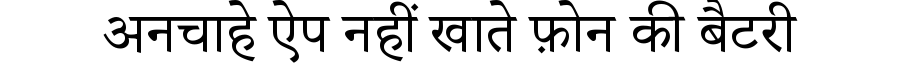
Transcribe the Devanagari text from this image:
अनचाहे ऐप नहीं खाते फ़ोन की बैटरी